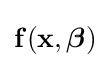
\mathbf {f} (\mathbf {x} ,{\boldsymbol {\beta }})